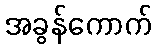
အခွန်ကောက်